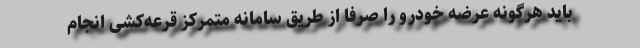
باید هرگونه عرضه خودرو را صرفا از طریق سامانه متمرکز قرعه‌کشی انجام